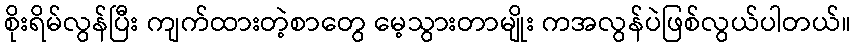
စိုးရိမ်လွန်ပြီး ကျက်ထားတဲ့စာတွေ မေ့သွားတာမျိုး ကအလွန်ပဲဖြစ်လွယ်ပါတယ်။